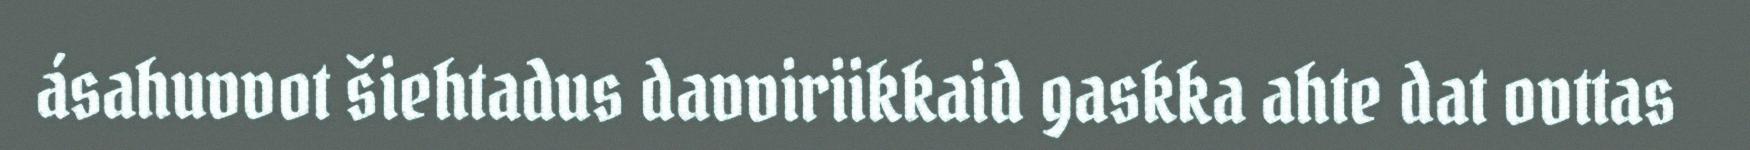
ásahuvvot šiehtadus davviriikkaid gaskka ahte dat ovttas